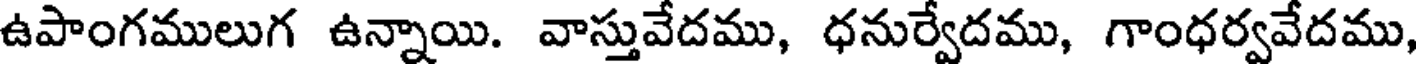
ఉపాంగములుగ ఉన్నాయి. వాస్తువేదము, ధనుర్వేదము, గాంధర్వవేదము,